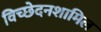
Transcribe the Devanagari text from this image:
विच्छेदनशामिल